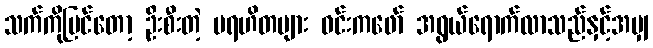
သက်ကိုမြင်တော့ ဦးစီးတဲ့ ပရဟိတများ ဝင်းကဖော် အရွယ်ရောက်လာသည်နှင့်အမျှ